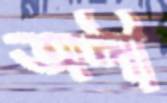
অলী